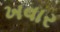
ખવાર